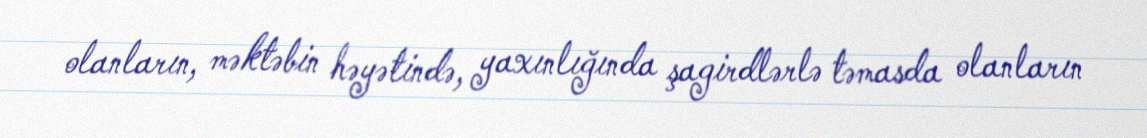
olanların, məktəbin həyətində, yaxınlığında şagirdlərlə təmasda olanların